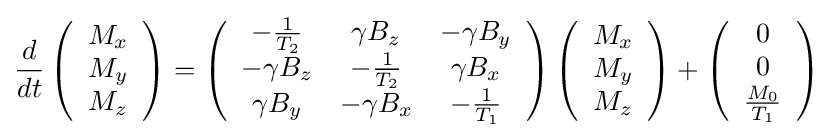
{\frac {d}{dt}}\left({\begin{array}{c}M_{x}\\M_{y}\\M_{z}\end{array}}\right)=\left({\begin{array}{ccc}-{\frac {1}{T_{2}}}&\gamma B_{z}&-\gamma B_{y}\\-\gamma B_{z}&-{\frac {1}{T_{2}}}&\gamma B_{x}\\\gamma B_{y}&-\gamma B_{x}&-{\frac {1}{T_{1}}}\end{array}}\right)\left({\begin{array}{c}M_{x}\\M_{y}\\M_{z}\end{array}}\right)+\left({\begin{array}{c}0\\0\\{\frac {M_{0}}{T_{1}}}\end{array}}\right)